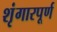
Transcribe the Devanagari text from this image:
शृंगारपूर्ण